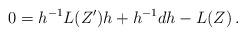
LaTeX: \begin{align*}0 = h^{-1} L(Z') h + h^{-1}dh - L(Z)\,.\end{align*}